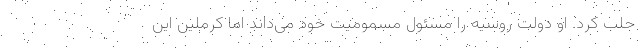
جلب کرد. او دولت روسیه را مسئول مسمومیت خود می‌داند اما کرملین این